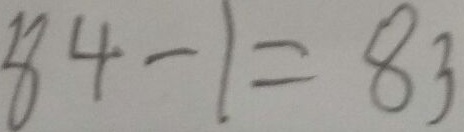
8 4 - 1 = 8 3